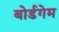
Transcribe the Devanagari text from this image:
बोर्डगेम